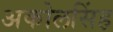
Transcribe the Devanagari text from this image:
अकोलसिंह